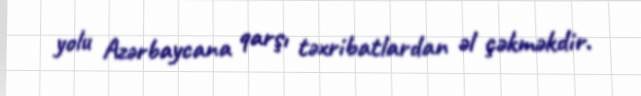
yolu Azərbaycana qarşı təxribatlardan əl çəkməkdir.